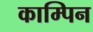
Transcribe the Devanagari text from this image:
काम्पिन